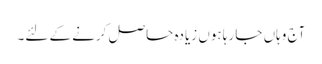
آج وہاں جا رہا ہوں زیادہ حاصل کرنے کے لئے۔